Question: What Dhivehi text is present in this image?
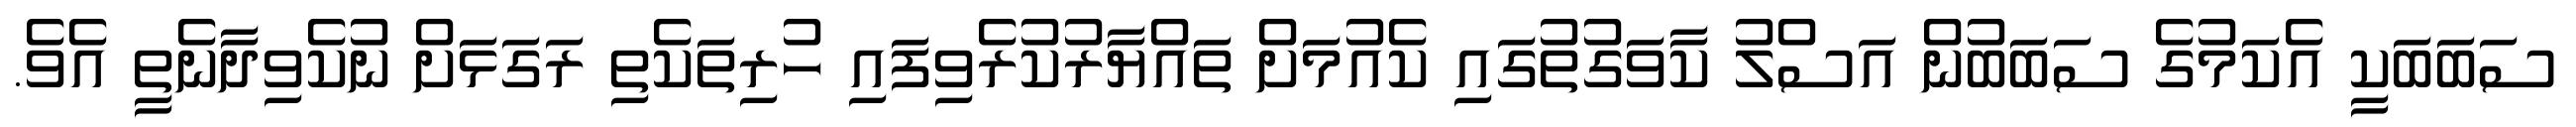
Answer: ސަބަބަކީ އެކަމުގެ ސަބަބުން އަސްލު ކާވަގުތުގައި ކެއުމަށް ތައްޔާރުކުރެވިފައި ހުރިތަކެތި ރަގަޅަށް ނުކެވިދާނެތީ އެވެ.